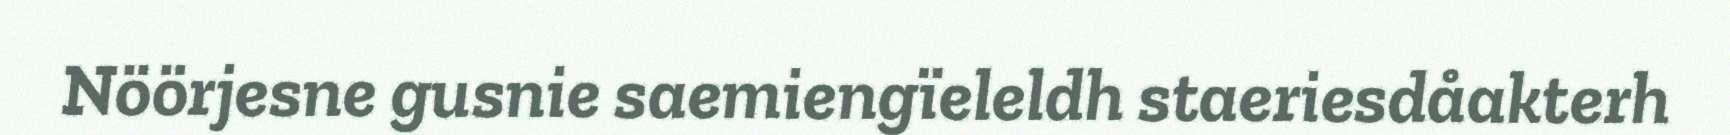
Nöörjesne gusnie saemiengïeleldh staeriesdåakterh